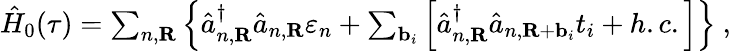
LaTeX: \begin{array}{r}{\hat{H}_{0}(\tau)=\sum_{n,\textbf{R}}\left\{ \hat{a}_{n,\textbf{R}}^{\dagger}\hat{a}_{n,\textbf{R}}\varepsilon_{n}+\sum_{\textbf{b}_{i}}\left[\hat{a}_{n,\textbf{R}}^{\dagger}\hat{a}_{n,\textbf{R}+\textbf{b}_{i}}t_{i}+h.c.\right]\right\} ~,}\end{array}